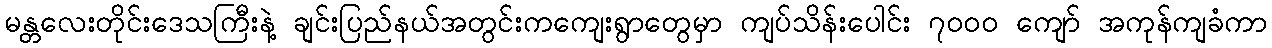
မန္တလေးတိုင်းဒေသကြီးနဲ့ ချင်းပြည်နယ်အတွင်းကကျေးရွာတွေမှာ ကျပ်သိန်းပေါင်း ၇၀၀၀ ကျော် အကုန်ကျခံကာ